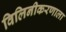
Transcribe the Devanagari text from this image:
विलिनीकरणाला